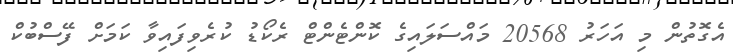
އެގޮތުން މި އަހަރު 20568 މައްސަލައިގެ ކޮންޓެންޓް ރެކޯޑު ކުރެވިފައިވާ ކަމަށް ފޭސްބުކް